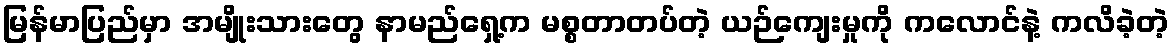
မြန်မာပြည်မှာ အမျိုးသားတွေ နာမည်ရှေ့က မစ္စတာတပ်တဲ့ ယဉ်ကျေးမှုကို ကလောင်နဲ့ ကလိခဲ့တဲ့